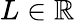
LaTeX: L\in\mathbb{R}